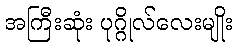
အကြီးဆုံး ပုဂ္ဂိုလ်လေးမျိုး